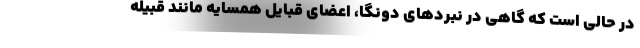
در حالی است که گاهی در نبرد‌های دونگا، اعضای قبایل همسایه مانند قبیله